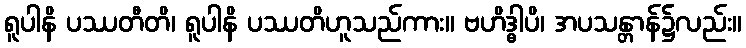
ရူပါနိ ပဿတီတိ၊ ရူပါနိ ပဿတိဟူသည်ကား။ ဗဟိဒ္ဓါပိ၊ အပသန္တာန်၌လည်း။